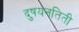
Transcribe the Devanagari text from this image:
दुषयनतिती